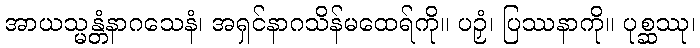
အာယသ္မန္တံနာဂသေနံ၊ အရှင်နာဂသိန်မထေရ်ကို။ ပဉှံ၊ ပြဿနာကို။ ပုစ္ဆဿု၊